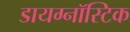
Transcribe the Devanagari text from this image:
डायग्नॉस्टिक